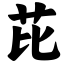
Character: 芘